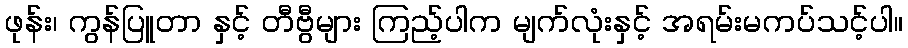
ဖုန်း၊ ကွန်ပြူတာ နှင့် တီဗွီများ ကြည့်ပါက မျက်လုံးနှင့် အရမ်းမကပ်သင့်ပါ။